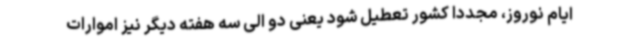
ایام نوروز، مجددا کشور تعطیل شود یعنی دو الی سه هفته دیگر نیز اموارات